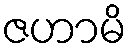
ဇဟာမိ